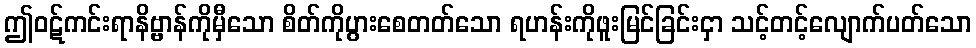
ဤဝဋ်ကင်းရာနိဗ္ဗာန်ကိုမှီသော စိတ်ကိုပွားစေတတ်သော ရဟန်းကိုဖူးမြင်ခြင်းငှာ သင့်တင့်လျောက်ပတ်သော